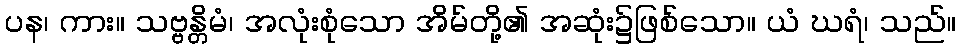
ပန၊ ကား။ သဗ္ဗန္တိမံ၊ အလုံးစုံသော အိမ်တို့၏ အဆုံး၌ဖြစ်သော။ ယံ ဃရံ၊ သည်။